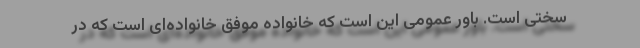
سختی است. باور عمومی این است که خانواده موفق خانواده‌ای است که در